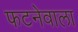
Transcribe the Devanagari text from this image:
फटनेवाला